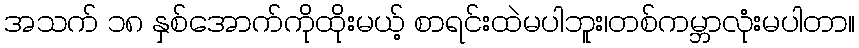
အသက် ၁၈ နှစ်အောက်ကိုထိုးမယ့် စာရင်းထဲမပါဘူး၊တစ်ကမ္ဘာလုံးမပါတာ။